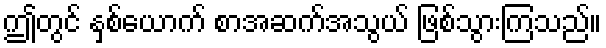
ဤတွင် နှစ်ယောက် စာအဆက်အသွယ် ဖြစ်သွားကြသည်။